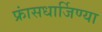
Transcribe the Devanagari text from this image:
फ्रांसधार्जिण्या